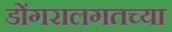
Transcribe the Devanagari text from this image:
डोंगरालगतच्या